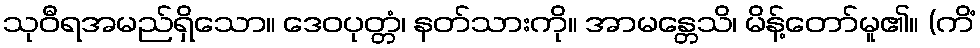
သုဝီရအမည်ရှိသော။ ဒေဝပုတ္တံ၊ နတ်သားကို။ အာမန္တေသိ၊ မိန့်တော်မူ၏။ (ကိံ